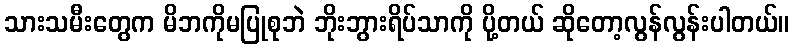
သားသမီးတွေက မိဘကိုမပြုစုဘဲ ဘိုးဘွားရိပ်သာကို ပို့တယ် ဆိုတော့လွန်လွန်းပါတယ်။